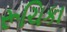
રૂચિકા